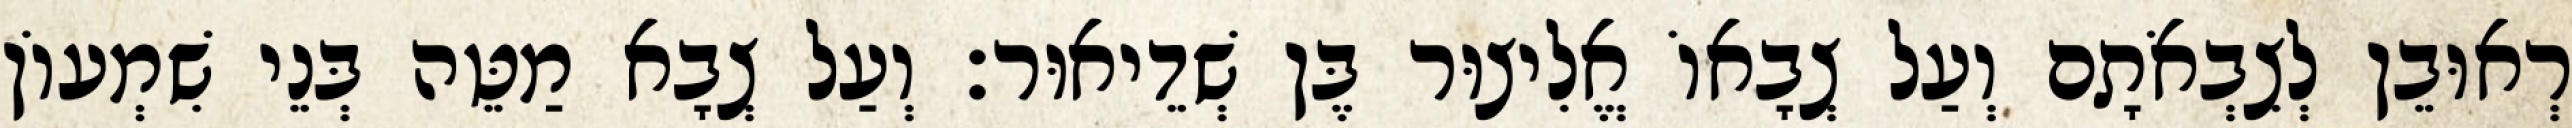
רְאוּבֵן לְצִבְאֹתָם וְעַל צְבָאוֹ אֱלִיצוּר בֶּן שְׁדֵיאוּר׃ וְעַל צְבָא מַטֵּה בְּנֵי שִׁמְעוֹן